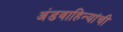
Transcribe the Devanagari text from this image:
अंडवाहिन्यांची